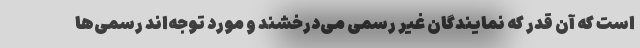
است که آن قدر که نمایندگان غیر رسمی می‌درخشند و مورد توجه‌اند رسمی‌ها